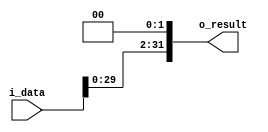
`timescale 1ns / 1ps

module shifter#(
        parameter NB = 32
    )
    (
        input   [NB-1:0] i_data,
        
        output  [NB-1:0] o_result
    );
    
    assign o_result = i_data << 2;
    
endmodule